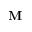
\mathbf { M }